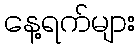
နေ့ရက်များ